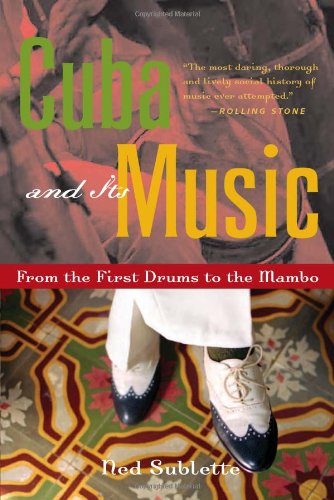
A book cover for Cuba and Its Music: From the First Drums to the Mambo; Ned Sublette; Arts & Photography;